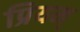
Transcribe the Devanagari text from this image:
प्रियम्‌